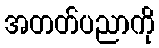
အတတ်ပညာကို